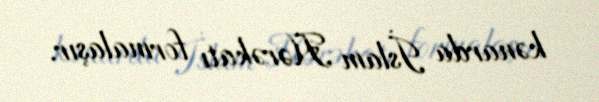
kənarda İslam Hərəkatı formalaşır.